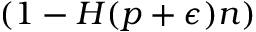
( 1 - H ( p + \epsilon ) n )